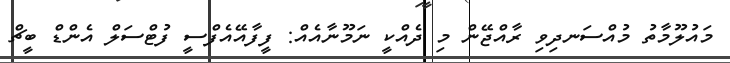
މައުލޫމާތު މުއްސަނދިވި ރާއްޖޭން މި ދެއްކީ ނަމޫނާއެއް: ފީފާއޭއެފްސީ ފުޓްސަލް އެންޑް ބީޗް